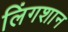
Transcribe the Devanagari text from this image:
लिंगशान